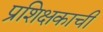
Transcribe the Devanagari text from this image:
प्रशिक्षकाची